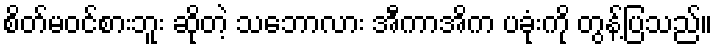
စိတ်မဝင်စားဘူး ဆိုတဲ့ သဘောလား အီကာအိက ပခုံးကို တွန့်ပြသည်။